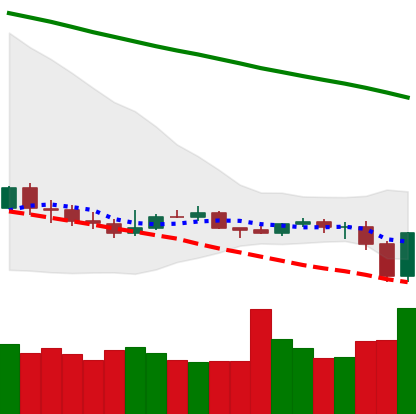
Ticker: ETC-USD
Chart end date: 2019-12-18
Forward return: 6.155%
Label: up_5_7